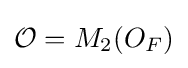
{\mathcal {O}}=M_{2}(O_{F})